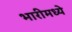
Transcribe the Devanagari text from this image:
भारीमध्ये